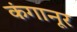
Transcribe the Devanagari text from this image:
कंगानूर